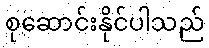
စုဆောင်းနိုင်ပါသည်